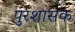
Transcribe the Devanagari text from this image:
पुरशासक